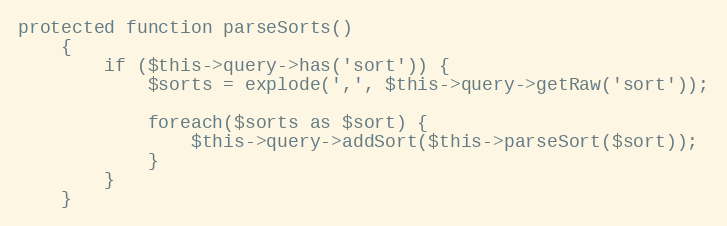
Language: PHP
protected function parseSorts()
    {
        if ($this->query->has('sort')) {
            $sorts = explode(',', $this->query->getRaw('sort'));

            foreach($sorts as $sort) {
                $this->query->addSort($this->parseSort($sort));
            }
        }
    }